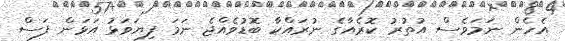
އެހެން ނަމަވެސް އުތުރު ކޮރެއާގެ ނުރައްކާ ބޮޑުވެއްޖެ ނަމަ ފިޔަވަޅު އަޅަން ފަސް